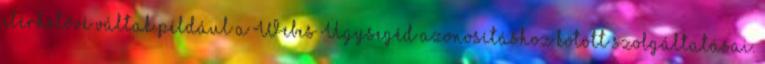
elérhetővé váltak például a Webes Ügysegéd azonosításhoz kötött szolgáltatásai.